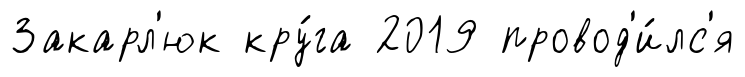
Закарл'юк кру́га 2019 провод'и́лс'я